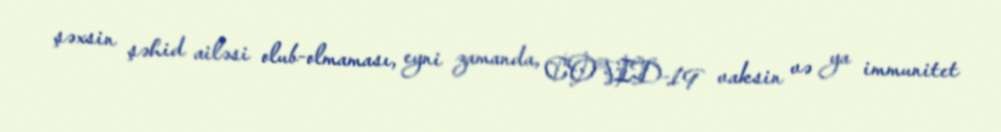
şəxsin şəhid ailəsi olub-olmaması, eyni zamanda, COVID-19 vaksin və ya immunitet